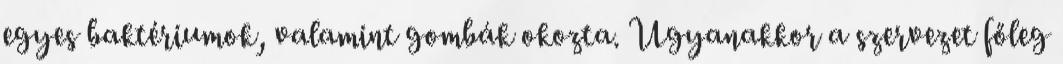
egyes baktériumok, valamint gombák okozta. Ugyanakkor a szervezet főleg